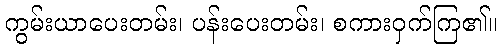
ကွမ်းယာပေးတမ်း၊ ပန်းပေးတမ်း၊ စကားဝှက်ကြ၏။